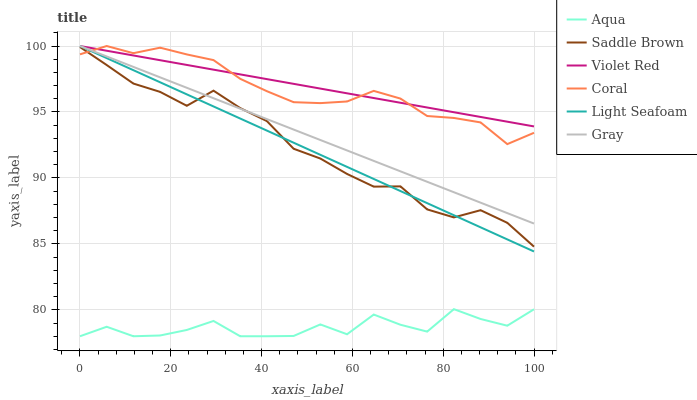
| xaxis_label | Aqua | Saddle Brown | Violet Red | Coral | Light Seafoam | Gray |
 | --- | --- | --- | --- | --- | --- | --- |
 | 0 | 78 | 99.9 | 100 | 99.4 | 100 | 100 |
 | 5.88 | 78.7 | 98.6 | 99.6 | 100 | 99.1 | 99.2 |
 | 11.8 | 78 | 97.2 | 99.3 | 99.5 | 98.2 | 98.4 |
 | 17.6 | 78.1 | 96.5 | 98.9 | 99.9 | 97.3 | 97.6 |
 | 23.5 | 78.5 | 95.5 | 98.6 | 99.4 | 96.3 | 96.8 |
 | 29.4 | 79.2 | 96.6 | 98.2 | 98.9 | 95.4 | 96 |
 | 35.3 | 78 | 95.3 | 97.8 | 97.5 | 94.5 | 95.3 |
 | 41.2 | 78 | 94.3 | 97.5 | 96.6 | 93.6 | 94.5 |
 | 47.1 | 78 | 92.2 | 97.1 | 95.7 | 92.7 | 93.7 |
 | 52.9 | 78.9 | 91.5 | 96.8 | 95.7 | 91.8 | 92.9 |
 | 58.8 | 78.2 | 90.3 | 96.4 | 95.8 | 90.8 | 92.1 |
 | 64.7 | 79.6 | 89.3 | 96.1 | 96.6 | 89.9 | 91.3 |
 | 70.6 | 78.9 | 89.4 | 95.7 | 96 | 89 | 90.5 |
 | 76.5 | 78.4 | 87.6 | 95.3 | 94.7 | 88.1 | 89.7 |
 | 82.4 | 80.1 | 87 | 95 | 94.5 | 87.2 | 88.9 |
 | 88.2 | 79.3 | 87.6 | 94.6 | 94.2 | 86.3 | 88.1 |
 | 94.1 | 78.8 | 86.6 | 94.3 | 92.6 | 85.3 | 87.3 |
 | 100 | 80 | 84.8 | 93.9 | 93.4 | 84.4 | 86.5 |